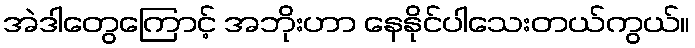
အဲဒါတွေကြောင့် အဘိုးဟာ နေနိုင်ပါသေးတယ်ကွယ်။